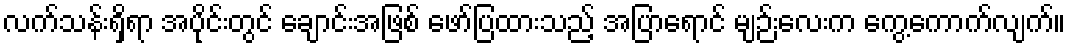
လက်သန်းရှိရာ အပိုင်းတွင် ချောင်းအဖြစ် ဖော်ပြထားသည့် အပြာရောင် မျဉ်းလေးက ကွေ့ကောက်လျက်။